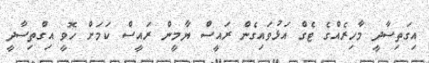
އިގަތިސާދީ މާހިރެއްގެ ޓެގް އަޅުވައިގެން ރައީސް ޔާމީން ރައީސް ކަމަށް ހޮވީ އިގްތިސާދީ